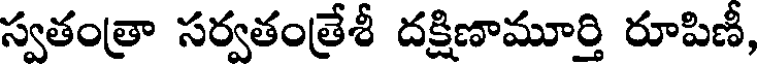
స్వతంత్రా సర్వతంత్రేశీ దక్షిణామూర్తి రూపిణీ,